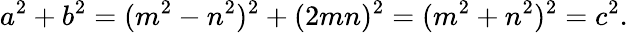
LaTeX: a^{2}+b^{2}=(m^{2}-n^{2})^{2}+(2mn)^{2}=(m^{2}+n^{2})^{2}=c^{2}.